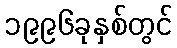
၁၉၉၆ခုနှစ်တွင်